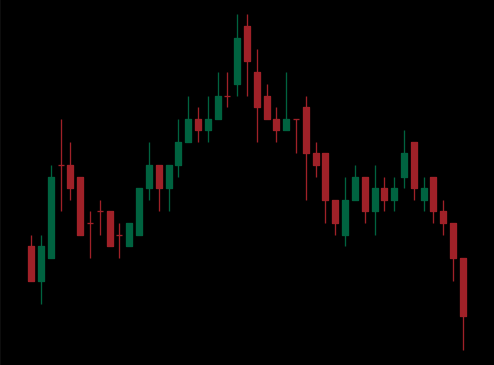
Pattern: head_shoulders